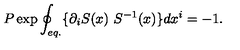
P \exp \oint _ { e q . } \{ \partial _ { i } S ( x ) \ S ^ { - 1 } ( x ) \} d x ^ { i } = - 1 .